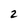
Character: 2